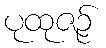
ပုထုဇဉ်